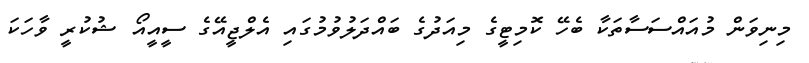
މިނިވަން މުއައްސަސާތަކާ ބެހޭ ކޮމިޓީގެ މިއަދުގެ ބައްދަލުވުމުގައި އެލްޖީއޭގެ ސީއީއޯ ޝުކުރީ ވާހަކަ